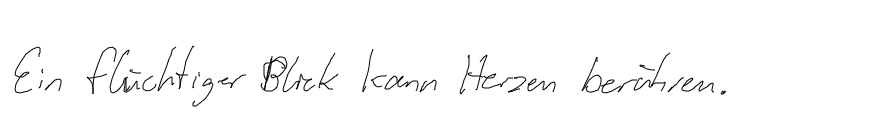
Ein flüchtiger Blick kann Herzen berühren.